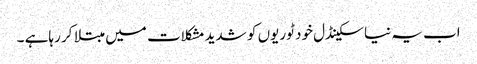
اب یہ نیا سکینڈل خود ٹوریوں کو شدید مشکلات میں مبتلا کر رہاہے ۔